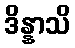
ဒိန္နာသိ